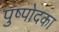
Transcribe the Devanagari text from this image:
पुष्पोदका